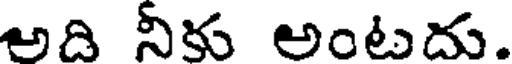
అది నీకు అంటదు.